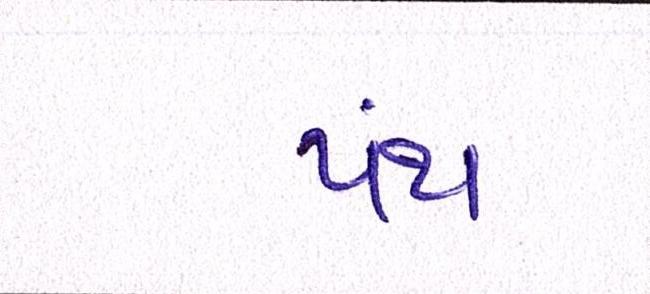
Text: પંથ